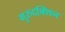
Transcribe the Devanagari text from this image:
गुरुदक्शिन